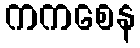
ကကစေန